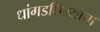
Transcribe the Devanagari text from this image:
धांगडधिंग्याचा